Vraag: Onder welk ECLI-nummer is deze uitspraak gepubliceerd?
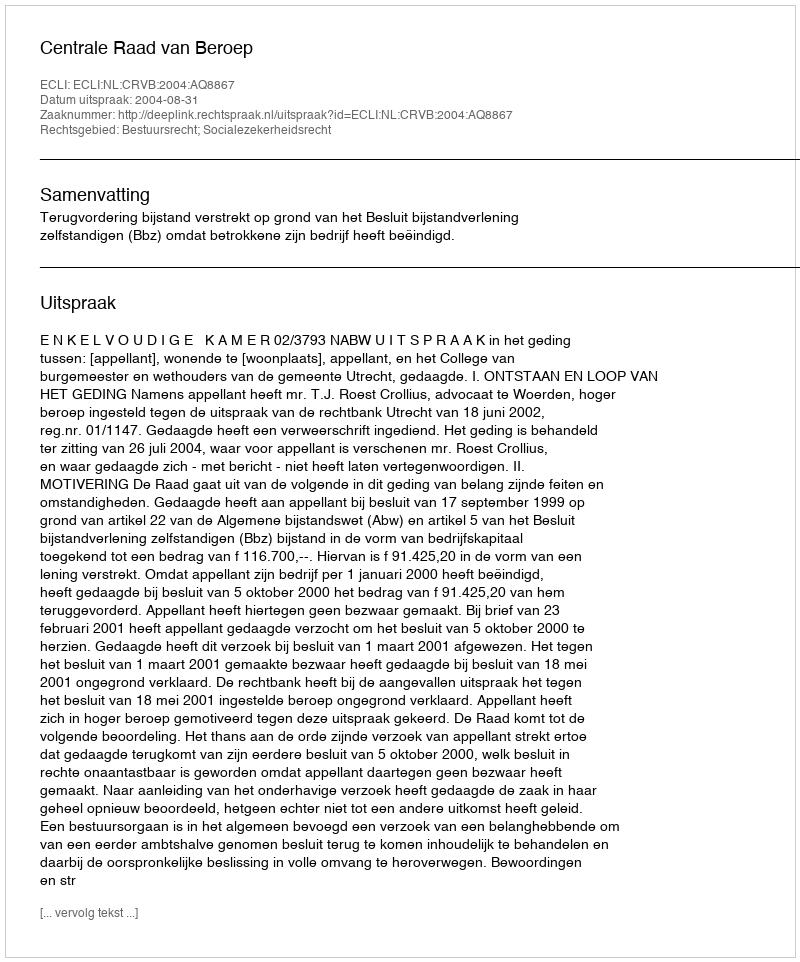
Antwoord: ECLI:NL:CRVB:2004:AQ8867